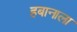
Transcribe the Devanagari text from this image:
हबानाला